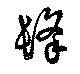
髼